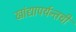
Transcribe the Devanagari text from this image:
खांद्यापर्यन्तची